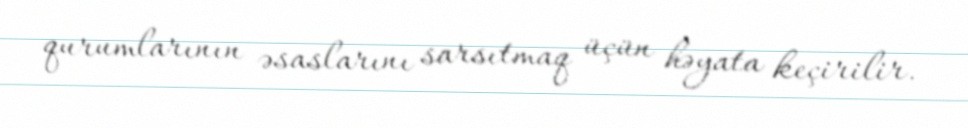
qurumlarının əsaslarını sarsıtmaq üçün həyata keçirilir.